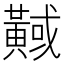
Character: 𪏇